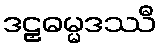
ဒဠှဓမ္မဒဿီ